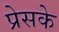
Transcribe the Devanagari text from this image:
प्रेसके